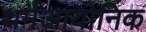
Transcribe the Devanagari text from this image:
थर्मआयोनिक